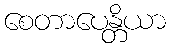
စေတာပေန္တိယာ